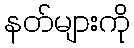
နတ်များကို